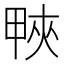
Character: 𤲍